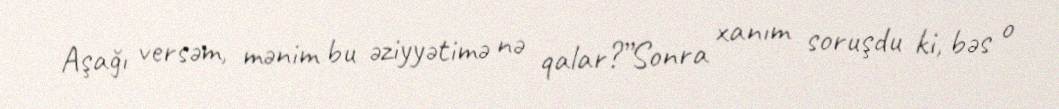
Aşağı versəm, mənim bu əziyyətimə nə qalar?”Sonra xanım soruşdu ki, bəs o